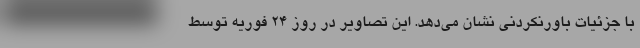
با جزئیات باورنکردنی نشان می‌دهد. این تصاویر در روز ۲۴ فوریه توسط